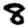
Digit: 8